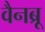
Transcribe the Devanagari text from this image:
वैनब्रू